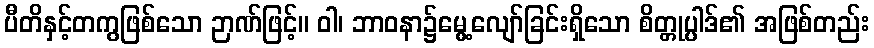
ပီတိနှင့်တကွဖြစ်သော ဉာဏ်ဖြင့်။ ဝါ၊ ဘာဝနာ၌မွေ့လျော်ခြင်းရှိသော စိတ္တုပ္ပါဒ်၏ အဖြစ်တည်း